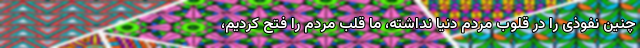
چنین نفوذی را در قلوب‌ مردم دنیا نداشته، ما قلب مردم را فتح کردیم،